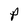
Character: P